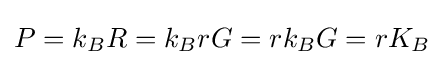
P=k_{B}R=k_{B}rG=rk_{B}G=rK_{B}